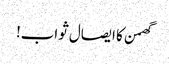
گھمن کا ایصال ثواب!